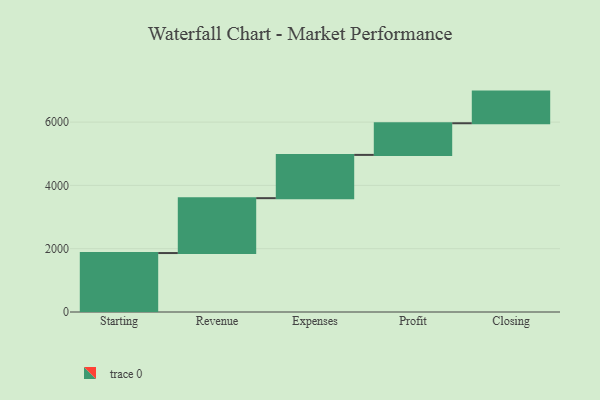
{"axis": {"x": "Step", "y": "Value"}, "legend": [""], "data": [{"x": "Starting", "y": 1863.0, "type": ""}, {"x": "Revenue", "y": 1734.0, "type": ""}, {"x": "Expenses", "y": 1367.0, "type": ""}, {"x": "Profit", "y": 1000, "type": ""}, {"x": "Closing", "y": 1000, "type": ""}]}